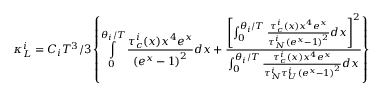
\kappa _ { L } ^ { i } = C _ { i } T ^ { 3 } / 3 \left\{ \intop _ { 0 } ^ { \theta _ { i } / T } \frac { \tau _ { c } ^ { i } ( x ) x ^ { 4 } e ^ { x } } { \left( e ^ { x } - 1 \right) ^ { 2 } } d x + \frac { \left[ \intop _ { 0 } ^ { \theta _ { i } / T } \frac { \tau _ { c } ^ { i } ( x ) x ^ { 4 } e ^ { x } } { \tau _ { N } ^ { i } \left( e ^ { x } - 1 \right) ^ { 2 } } d x \right] ^ { 2 } } { \intop _ { 0 } ^ { \theta _ { i } / T } \frac { \tau _ { c } ^ { i } ( x ) x ^ { 4 } e ^ { x } } { \tau _ { N } ^ { i } \tau _ { U } ^ { i } \left( e ^ { x } - 1 \right) ^ { 2 } } d x } \right\}